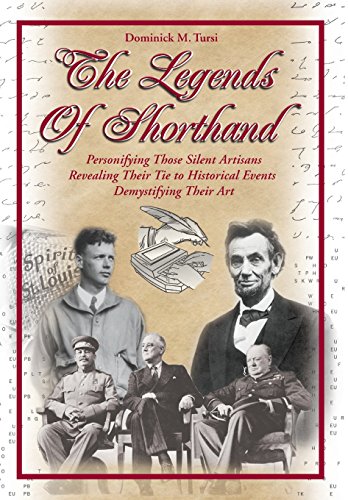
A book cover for The Legends of Shorthand; Dominick M. Tursi; Law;